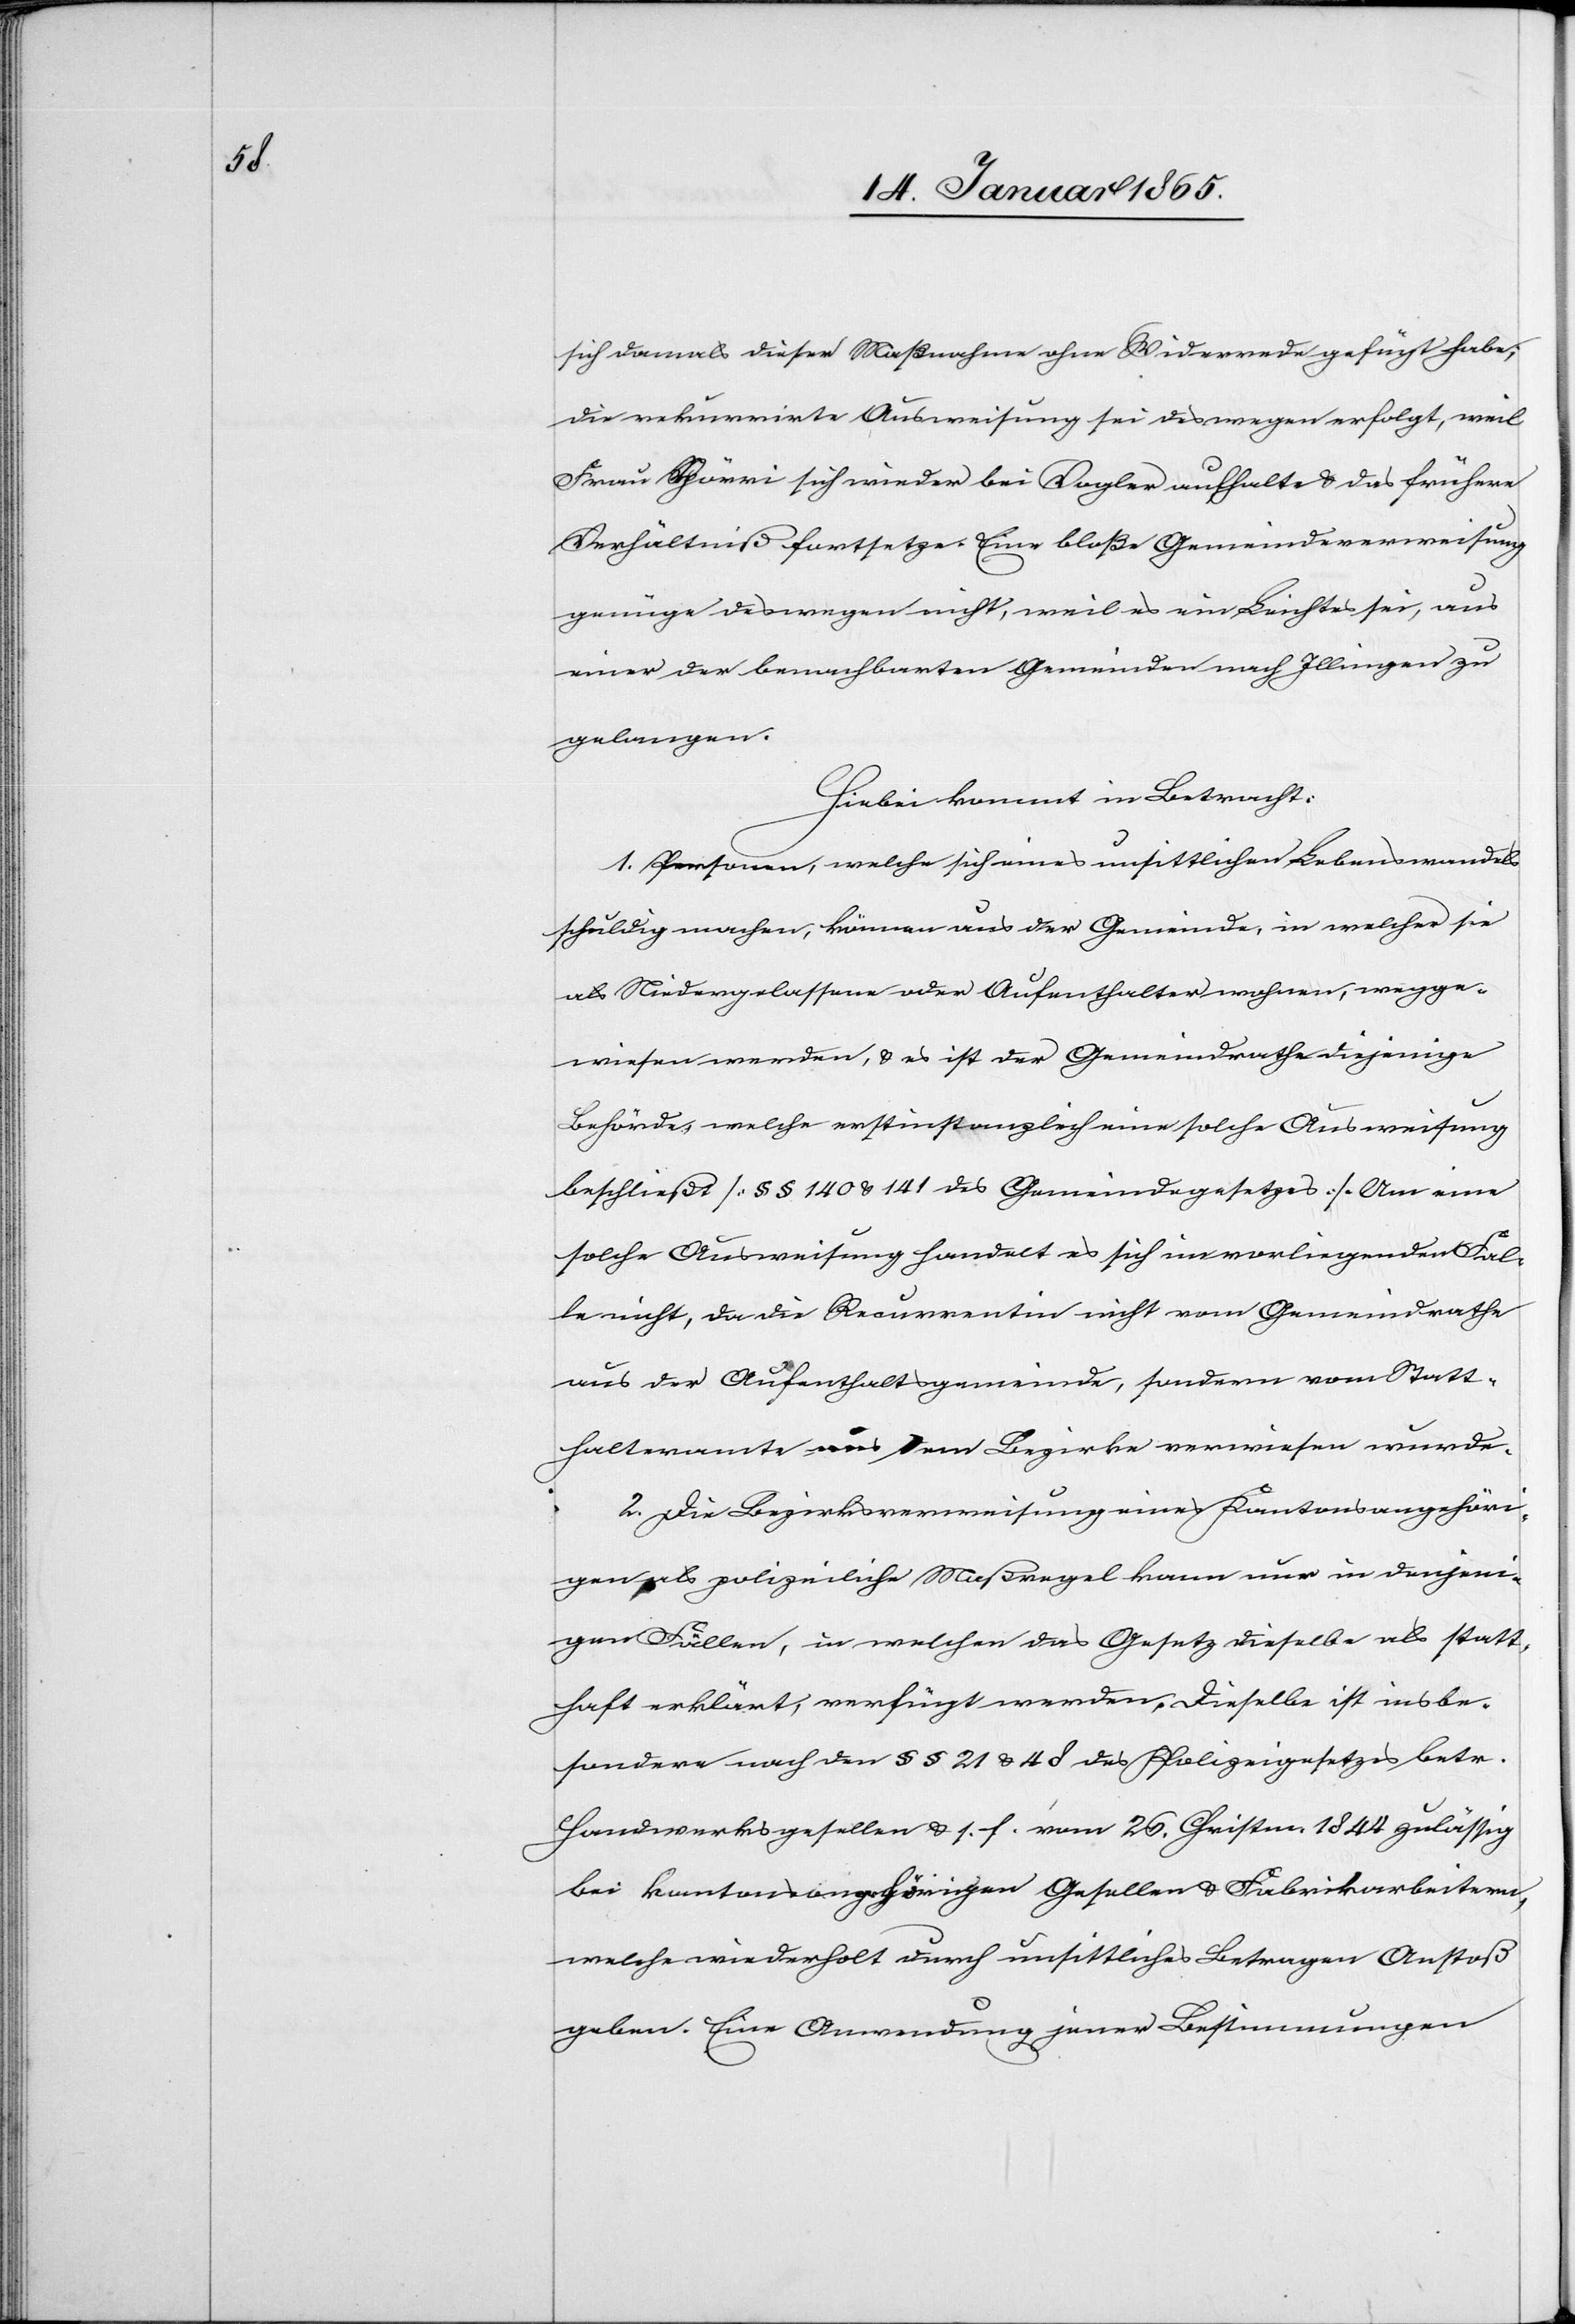
sich damals dieser Maßnahme ohne Widerrede gefügt habe;
die rekurrirte Ausweisung sei deswegen erfolgt, weil
Frau Spörri sich wieder bei Vogler aufhalte u. das frühere
Verhältniß fortsetze. Eine bloße Gemeindeverweisung
genüge deswegen nicht, weil es ein Leichtes sei, aus
einer der benachbarten Gemeinden nach Illingen zu
gelangen.
Hiebei kommt in Betracht:
1. Personen, welche sich eines unsittlichen Lebenswandels
schuldig machen, können aus der Gemeinde, in welcher sie
als Niedergelassene oder Aufenthalter wohnen, wegge¬
wiesen werden, u. es ist der Gemeindrathe diejenige
Behörde, welche erstinstanzlich eine solche Ausweisung
beschließt [§ § 140 u. 141 des Gemeindegesetzes]. Um eine
solche Ausweisung handelt es sich im vorliegenden Fal¬
le nicht, da die Recurrentin nicht vom Gemeindrathe
aus der Aufenthaltsgemeinde, sondern vom Statt¬
halteramte aus dem Bezirke verwiesen wurde.
2. Die Bezirksverweisung eines Kantonsangehöri¬
gen als polizeiliche Maßregel kann nur in denjeni¬
gen Fällen, in welchen das Gesetz dieselbe als statt¬
haft erklärt, verfügt werden. Dieselbe ist ins be¬
sondere nach den § § 21 u. 48 des Polizeigesetzes betr.
Handwerksgesellen u. s. f. vom 26. Christm. 1844 zulässig
bei Kantonsangehörigen[,] Gesellen u. Fabrikarbeitern,
welche wiederholt durch unsittliches Betragen Anstoß
geben. Eine Anwendung jener Bestimmungen